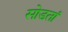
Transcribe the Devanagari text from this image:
सोडतां